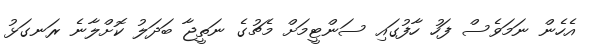
އެހެން ނަމަވެސް ފަހު ހާފުގައި ސަންޓީމަށް މެޗުގެ ނަތީޖާ ބަދަލު ކޮށްލާނެ ރަނގަޅު